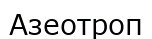
Азеотроп